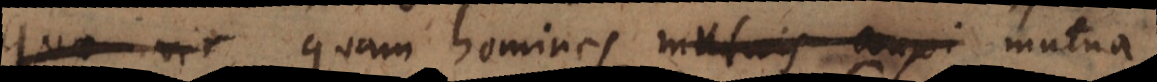
, quam homines mutuis auxi mutua